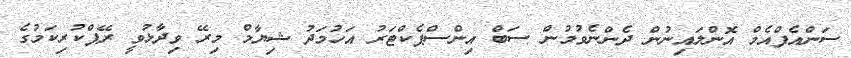
ސަންއެފްއެމް އޮންލައިނުން ދެންނެވުމުން ސަބް އިންސްޕެކްޓަރު އަހުމަދު ޝިޔާމް މިރޭ ވިދާޅުވީ ރޭޕްކުރިކަމުގެ